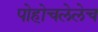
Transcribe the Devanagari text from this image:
पोहोचलेलेच